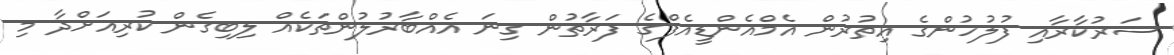
ސަރުކާރާއި ފުލުހުންގެ އިތުރުން އެމްއެންޑީއެފްގެ ފަރާތުން ގިނަ އެއްބާރުލުންތަކެއް ލިބިގެން ކުރިއަށްދާ މި